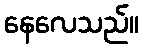
နေလေသည်။